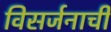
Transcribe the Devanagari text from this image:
विसर्जनाची